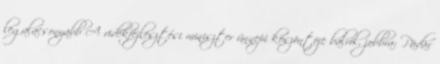
legalacsonyabb A vidékfejlesztési miniszter ünnepi köszöntõje balról, jobbra: Pádár